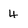
Character: 4